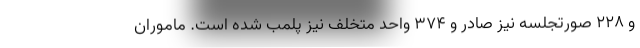
و ۲۲۸ صورتجلسه نیز صادر و ۳۷۴ واحد متخلف نیز پلمب شده است. ماموران